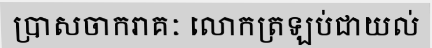
ប្រាសចាករាគៈ លោកត្រឡប់ជាយល់